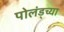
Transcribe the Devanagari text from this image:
पोलंड्च्या